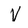
Character: v